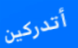
أتدركين